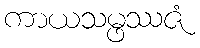
ကာယသမ္ဖဿဇံ